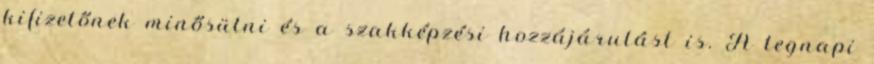
kifizetőnek minősülni és a szakképzési hozzájárulást is. A tegnapi